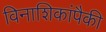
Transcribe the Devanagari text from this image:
विनाशिकांपैकी